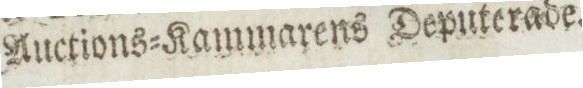
Auctions=Kammarens Deputerade.